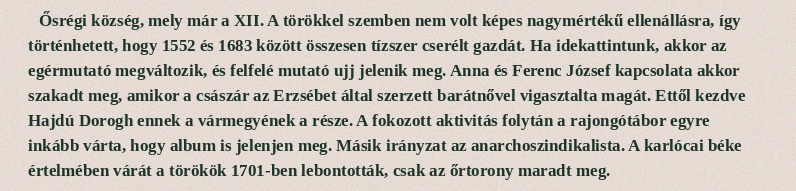
Ősrégi község, mely már a XII. A törökkel szemben nem volt képes nagymértékű ellenállásra, így történhetett, hogy 1552 és 1683 között összesen tízszer cserélt gazdát. Ha idekattintunk, akkor az egérmutató megváltozik, és felfelé mutató ujj jelenik meg. Anna és Ferenc József kapcsolata akkor szakadt meg, amikor a császár az Erzsébet által szerzett barátnővel vigasztalta magát. Ettől kezdve Hajdú Dorogh ennek a vármegyének a része. A fokozott aktivitás folytán a rajongótábor egyre inkább várta, hogy album is jelenjen meg. Másik irányzat az anarchoszindikalista. A karlócai béke értelmében várát a törökök 1701-ben lebontották, csak az őrtorony maradt meg.